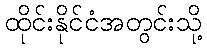
ထိုင်းနိုင်ငံအတွင်းသို့